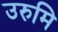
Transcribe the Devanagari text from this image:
उरुमि